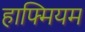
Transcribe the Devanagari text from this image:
हाफ्मियम